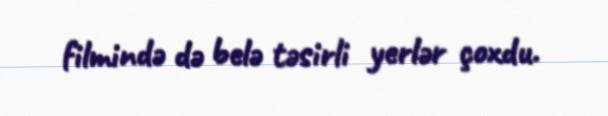
filmində də belə təsirli yerlər çoxdu.